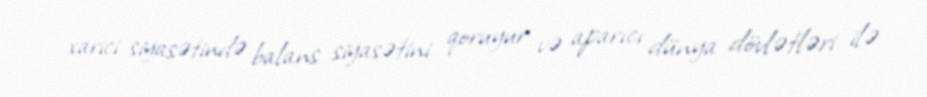
xarici siyasətində balans siyasətini qoruyur və aparıcı dünya dövlətləri ilə